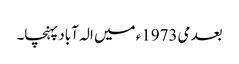
بعد می1973ء میں الہ آباد پہنچا۔